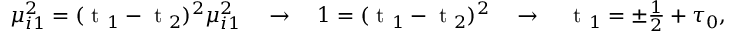
\begin{array} { r } { \mu _ { i 1 } ^ { 2 } = ( \mathrm { ~ t ~ } _ { 1 } - \mathrm { ~ t ~ } _ { 2 } ) ^ { 2 } \mu _ { i 1 } ^ { 2 } \quad \rightarrow \quad 1 = ( \mathrm { ~ t ~ } _ { 1 } - \mathrm { ~ t ~ } _ { 2 } ) ^ { 2 } \quad \rightarrow \quad \mathrm { ~ t ~ } _ { 1 } = \pm \frac { 1 } { 2 } + \tau _ { 0 } , \quad \mathrm { ~ t ~ } _ { 2 } = \mp \frac { 1 } { 2 } + \tau _ { 0 } , } \end{array}